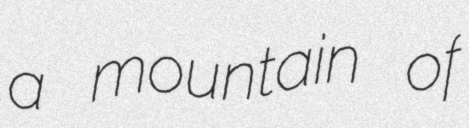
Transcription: a mountain of